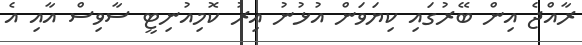
ރާއްޖެ އިން ބޭރުގައި ކިޔަވަން އުޅުނު އިރު ކޮމިއުނިޓީ ސާވިސް އާއި އެ